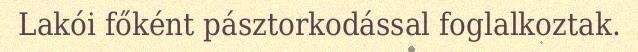
Lakói főként pásztorkodással foglalkoztak.